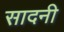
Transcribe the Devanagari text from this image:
सादनी